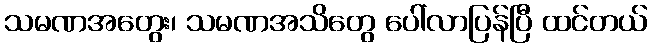
သမဏအတွေး၊ သမဏအသိတွေ ပေါ်လာပြန်ပြီ ထင်တယ်